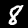
Label: 8